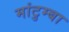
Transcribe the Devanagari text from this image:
मांटुम्बा